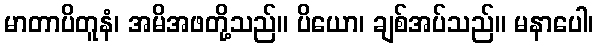
မာတာပိတူနံ၊ အမိအဖတို့သည်။ ပိယော၊ ချစ်အပ်သည်။ မနာပေါ၊